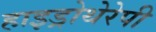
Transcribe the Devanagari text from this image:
हाइड्रोथेरेपी